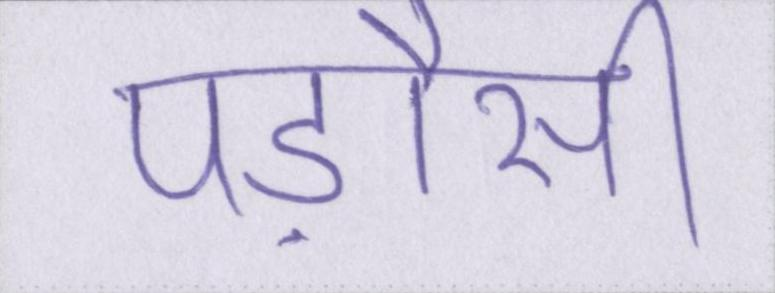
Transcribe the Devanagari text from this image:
पड़ौसी